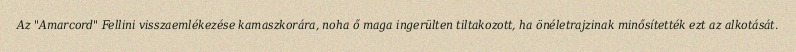
Az "Amarcord" Fellini visszaemlékezése kamaszkorára, noha ő maga ingerülten tiltakozott, ha önéletrajzinak minősítették ezt az alkotását.